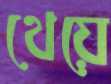
থেয়ে